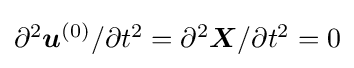
{\textstyle \partial ^{2}{\boldsymbol {u}}^{(0)}/\partial t^{2}=\partial ^{2}{\boldsymbol {X}}/\partial t^{2}=0}